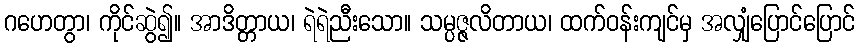
ဂဟေတွာ၊ ကိုင်ဆွဲ၍။ အာဒိတ္တာယ၊ ရဲရဲညီးသော။ သမ္ပဇ္ဇလိတာယ၊ ထက်ဝန်းကျင်မှ အလျှံပြောင်ပြောင်